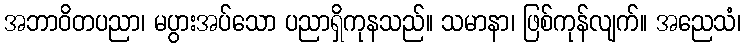
အဘာဝိတပညာ၊ မပွားအပ်သော ပညာရှိကုနသည်။ သမာနာ၊ ဖြစ်ကုန်လျက်။ အညေသံ၊